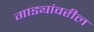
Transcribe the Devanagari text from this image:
गाड्यांवरील